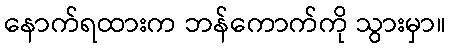
နောက်ရထားက ဘန်ကောက်ကို သွားမှာ။